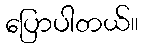
ပြောပါတယ်။